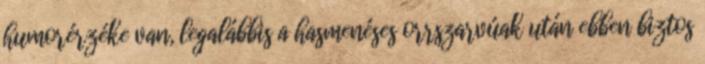
humorérzéke van, legalábbis a hasmenéses orrszarvúak után ebben biztos